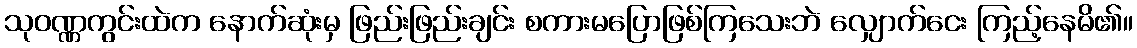
သုဝဏ္ဏကွင်းထဲက နောက်ဆုံးမှ ဖြည်းဖြည်းချင်း စကားမပြောဖြစ်ကြသေးဘဲ လျှောက်ငေး ကြည့်နေမိ၏။